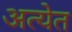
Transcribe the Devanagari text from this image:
अत्येत